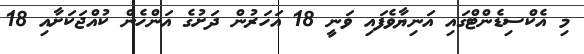
މި އެކްސިޑެންޓްގައި އަނިޔާވެފައި ވަނީ 18 އަހަރުން ދަށުގެ އަންހެން ކުއްޖަކަށާއި 18